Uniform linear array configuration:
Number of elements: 12
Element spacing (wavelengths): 0.75
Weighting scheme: binomial
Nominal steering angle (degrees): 45
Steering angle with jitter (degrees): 43.241
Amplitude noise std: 0.05
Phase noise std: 0.05

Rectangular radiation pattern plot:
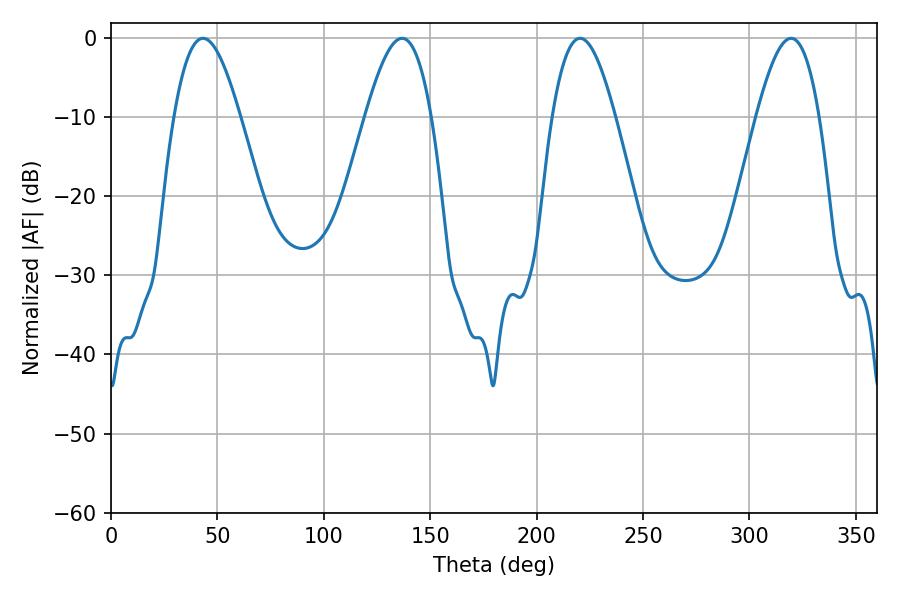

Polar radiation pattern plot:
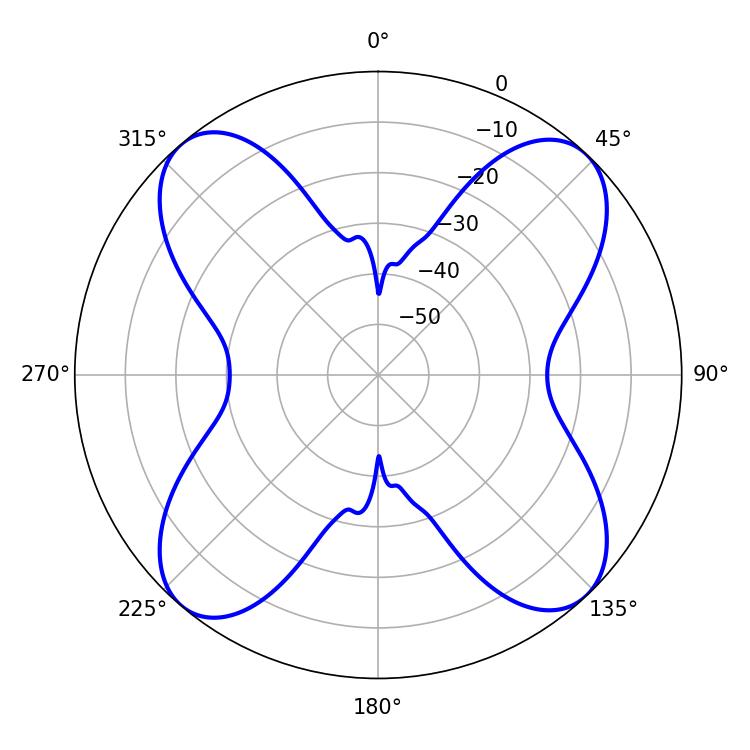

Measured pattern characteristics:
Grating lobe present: TRUE
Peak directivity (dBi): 16.518
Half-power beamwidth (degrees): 16.74
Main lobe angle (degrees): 43.2